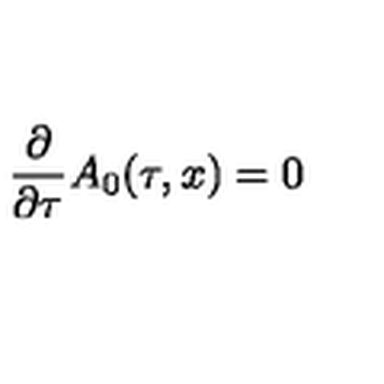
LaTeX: \frac { \partial } { \partial \tau } A _ { 0 } ( \tau , x ) = 0